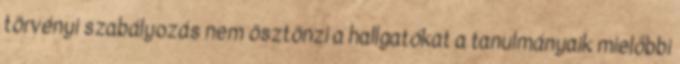
törvényi szabályozás nem ösztönzi a hallgatókat a tanulmányaik mielőbbi